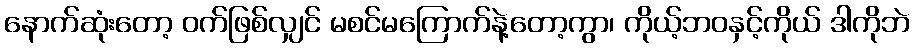
နောက်ဆုံးတော့ ဝက်ဖြစ်လျှင် မစင်မကြောက်နဲ့တော့ကွာ၊ ကိုယ့်ဘဝနှင့်ကိုယ် ဒါကိုဘဲ